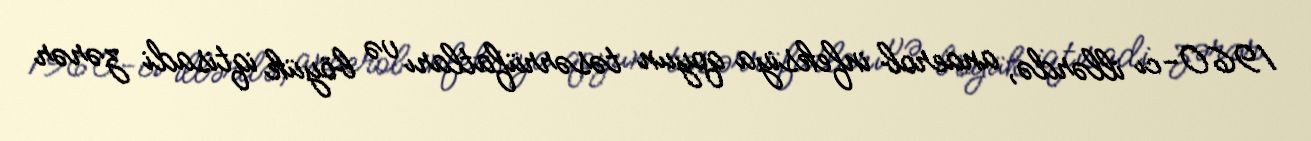
1960-cı illərdə, anaerob infeksiya qoyun təsərrüfatları və böyük iqtisadi zərər